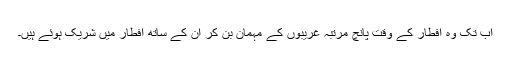
اب تک وہ افطار کے وقت پانچ مرتبہ غریبوں کے مہمان بن کر ان کے ساتھ افطار میں شریک ہوئے ہیں۔